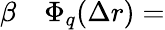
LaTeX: \begin{array}{rl}{\beta}&{{}\Phi_{q}(\Delta r)=}\end{array}